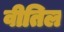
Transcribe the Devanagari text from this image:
वीतिल